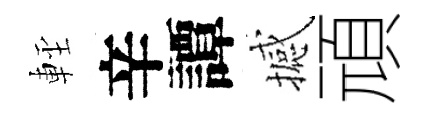
䡖辛譚撼頑